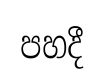
පහදී